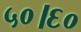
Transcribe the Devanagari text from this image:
५०।६०